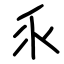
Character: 乑